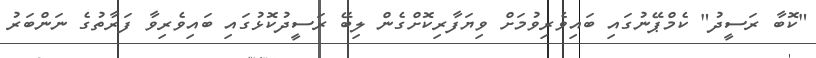
"ކޮބާ ރަސީދު" ކެމްޕޭނުގައި ބައިވެރިވުމަށް ވިޔަފާރިކޮށްގެން ލިބޭ ރަސީދުކޮޅުގައި ބައިވެރިވާ ފަރާތުގެ ނަންބަރު